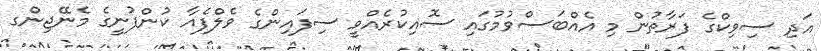
އަދި ސިވިކްގެ ފަރާތުން މި އެއްބަސްވުމުގައި ސޮއިކުރެއްވީ ސިފައިންގެ ވެލްފެއާ ކުންފުނީގެ މެނޭޖިންގ